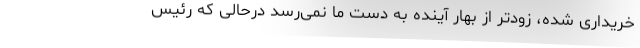
خریداری شده، زودتر از بهار آینده به دست ما نمی‌رسد درحالی که رئیس